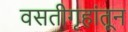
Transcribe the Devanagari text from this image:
वसतीगृहांतून